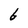
Character: b